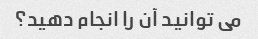
می توانید آن را انجام دهید؟